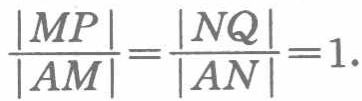
\(\frac{|MP|}{|AM|}=\frac{|NQ|}{|AN|}=1.\)